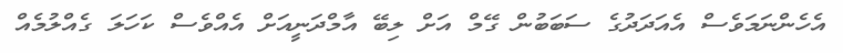
އެހެންނަމަވެސް އެއަދަދުގެ ސަބަބުން ގޭމް އަށް ލިބޭ އާމްދަނީއަށް އެއްވެސް ކަހަލަ ގެއްލުމެއް